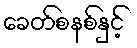
ခေတ်စနစ်နှင့်